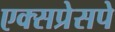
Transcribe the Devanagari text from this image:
एक्सप्रेसपे